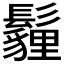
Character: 𩯬